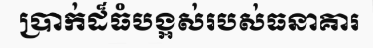
ប្រាក់ដ៏ធំបង្អស់របស់ធនាគារ